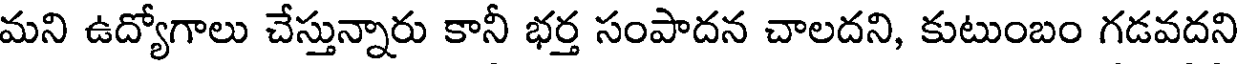
మని ఉద్యోగాలు చేస్తున్నారు కానీ భర్త సంపాదన చాలదని, కుటుంబం గడవదని